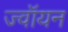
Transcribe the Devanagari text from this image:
ज्वॉयन